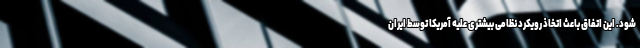
شود. این اتفاق باعث اتخاذ رویکرد نظامی بیشتری علیه آمریکا توسط ایران